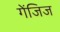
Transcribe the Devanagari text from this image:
गेंजिज